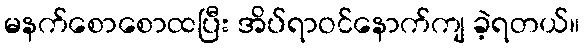
မနက်စောစောထပြီး အိပ်ရာဝင်နောက်ကျ ခဲ့ရတယ်။